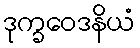
ဒုက္ခဝေဒနိယံ